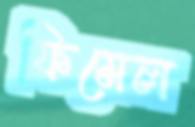
ফিমেল